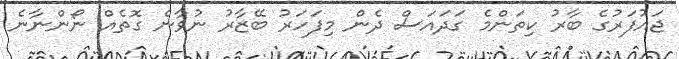
ޖައުފަރުގެ ބާރު ކިތަންމެ ގަދައަސް ދެން މިފަހަރު ބޭޒާރު ނުވާނެ ގޮތެއް ނޯންނާނެ